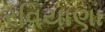
રવિયાણા